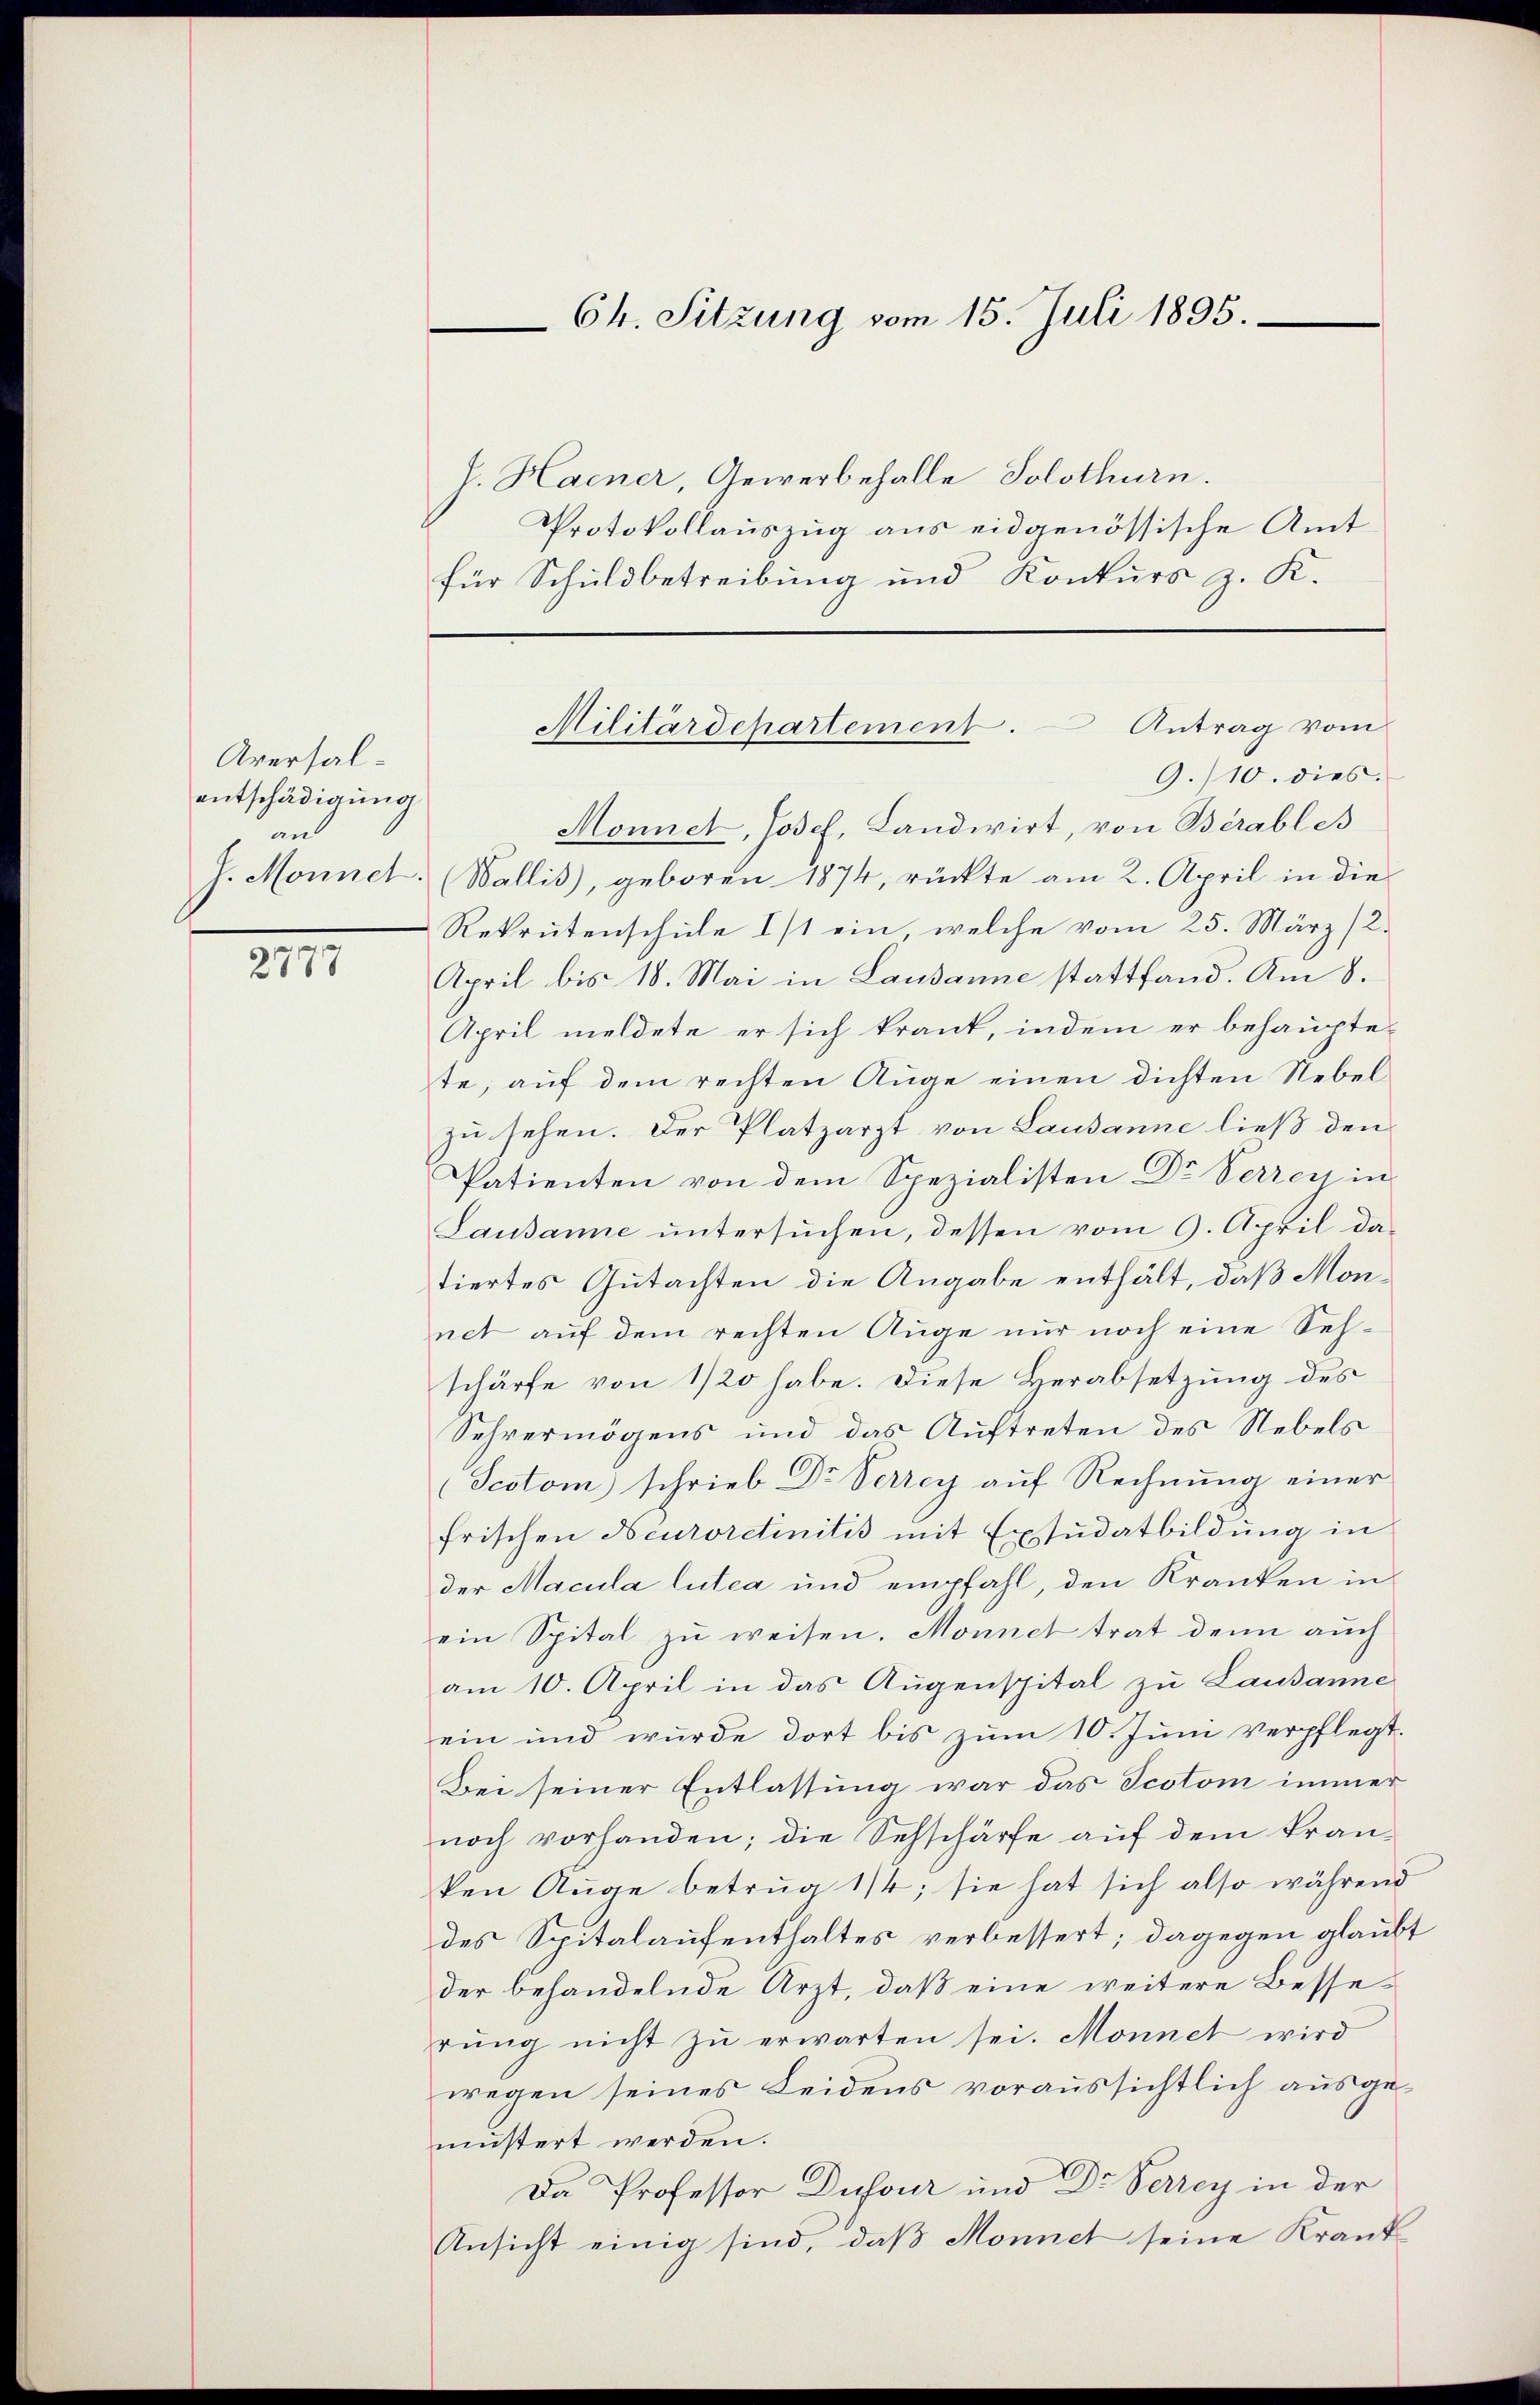
Aversalentschädigung
an

2777

h. Haener, Gewerbehalle Solothurn.
Protokollauszug aus eidgenössische Amt
für Schuldbetreibung und Konkurs z. K.

64. Sitzung vom 15. Juli 1895.

9./10. dies
Monnet, Josef, Landwirt, von Berables
J. Monnet; (Wallis), geboren 1874, rückte am 2. April in die
Rekrutenschule I/1 ein, welche vom 25. März (2.
April bis 18. Mai in Lausanne stattfand. Am 8.
April meldete er sich krank, indem er behaupte-
te, auf dem rechten Auge einen dichten Nebel
zu sehen. Der Platzarzt von Lausanne ließ den
Patienten von dem Spezialisten Dr Verren in
Lausanne untersŭchen, dessen vom 9. April da-
tiertes Gutachten die Angabe enthält, daß Monnet auf dem rechten Auge nur noch eine Sehschärfe von 1/20 habe. Diese Herabsetzung des
Sehvermögens und das Auftreten des Nebels
(Scotom) schrieb Dr. Verrey aŭf Rechnŭng einer
frischen Neuroretinitis mit Exsudatbildung in
der Macula lutea und empfahl, den Kranken in
ein Spital zu weisen. Monnet trat denn auch
am 10. April in das Augenspital zu Lausanne
ein und wurde dort bis zŭm 10. Jŭni verpflegt.
Bei seiner Entlassung war das Scotom immer
noch vorhanden; die Sehschärfe auf dem kranken Auge betrug 11; sie hat sich also während
des Spitalaufenthaltes verbessert; dagegen glaubt
der behandelnde Arzt, daß eine weitere Besserŭng nicht zŭ erwarten sei. Monnet wird
wegen seines Leidens voraussichtlich ausgemustert werden.
Da Professor Dufour und Dr. Verzey in der
Ansicht einig sind, daß Monnet seine Krant

Militärdepartement. Antrag vom